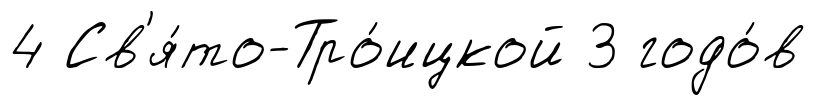
4 Св'я́то-Тро́ицкой 3 годо́в